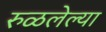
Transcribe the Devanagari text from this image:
रुळलेल्या